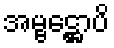
အမ္ဗဋ္ဌောပိ